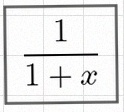
\frac{1}{1+x}